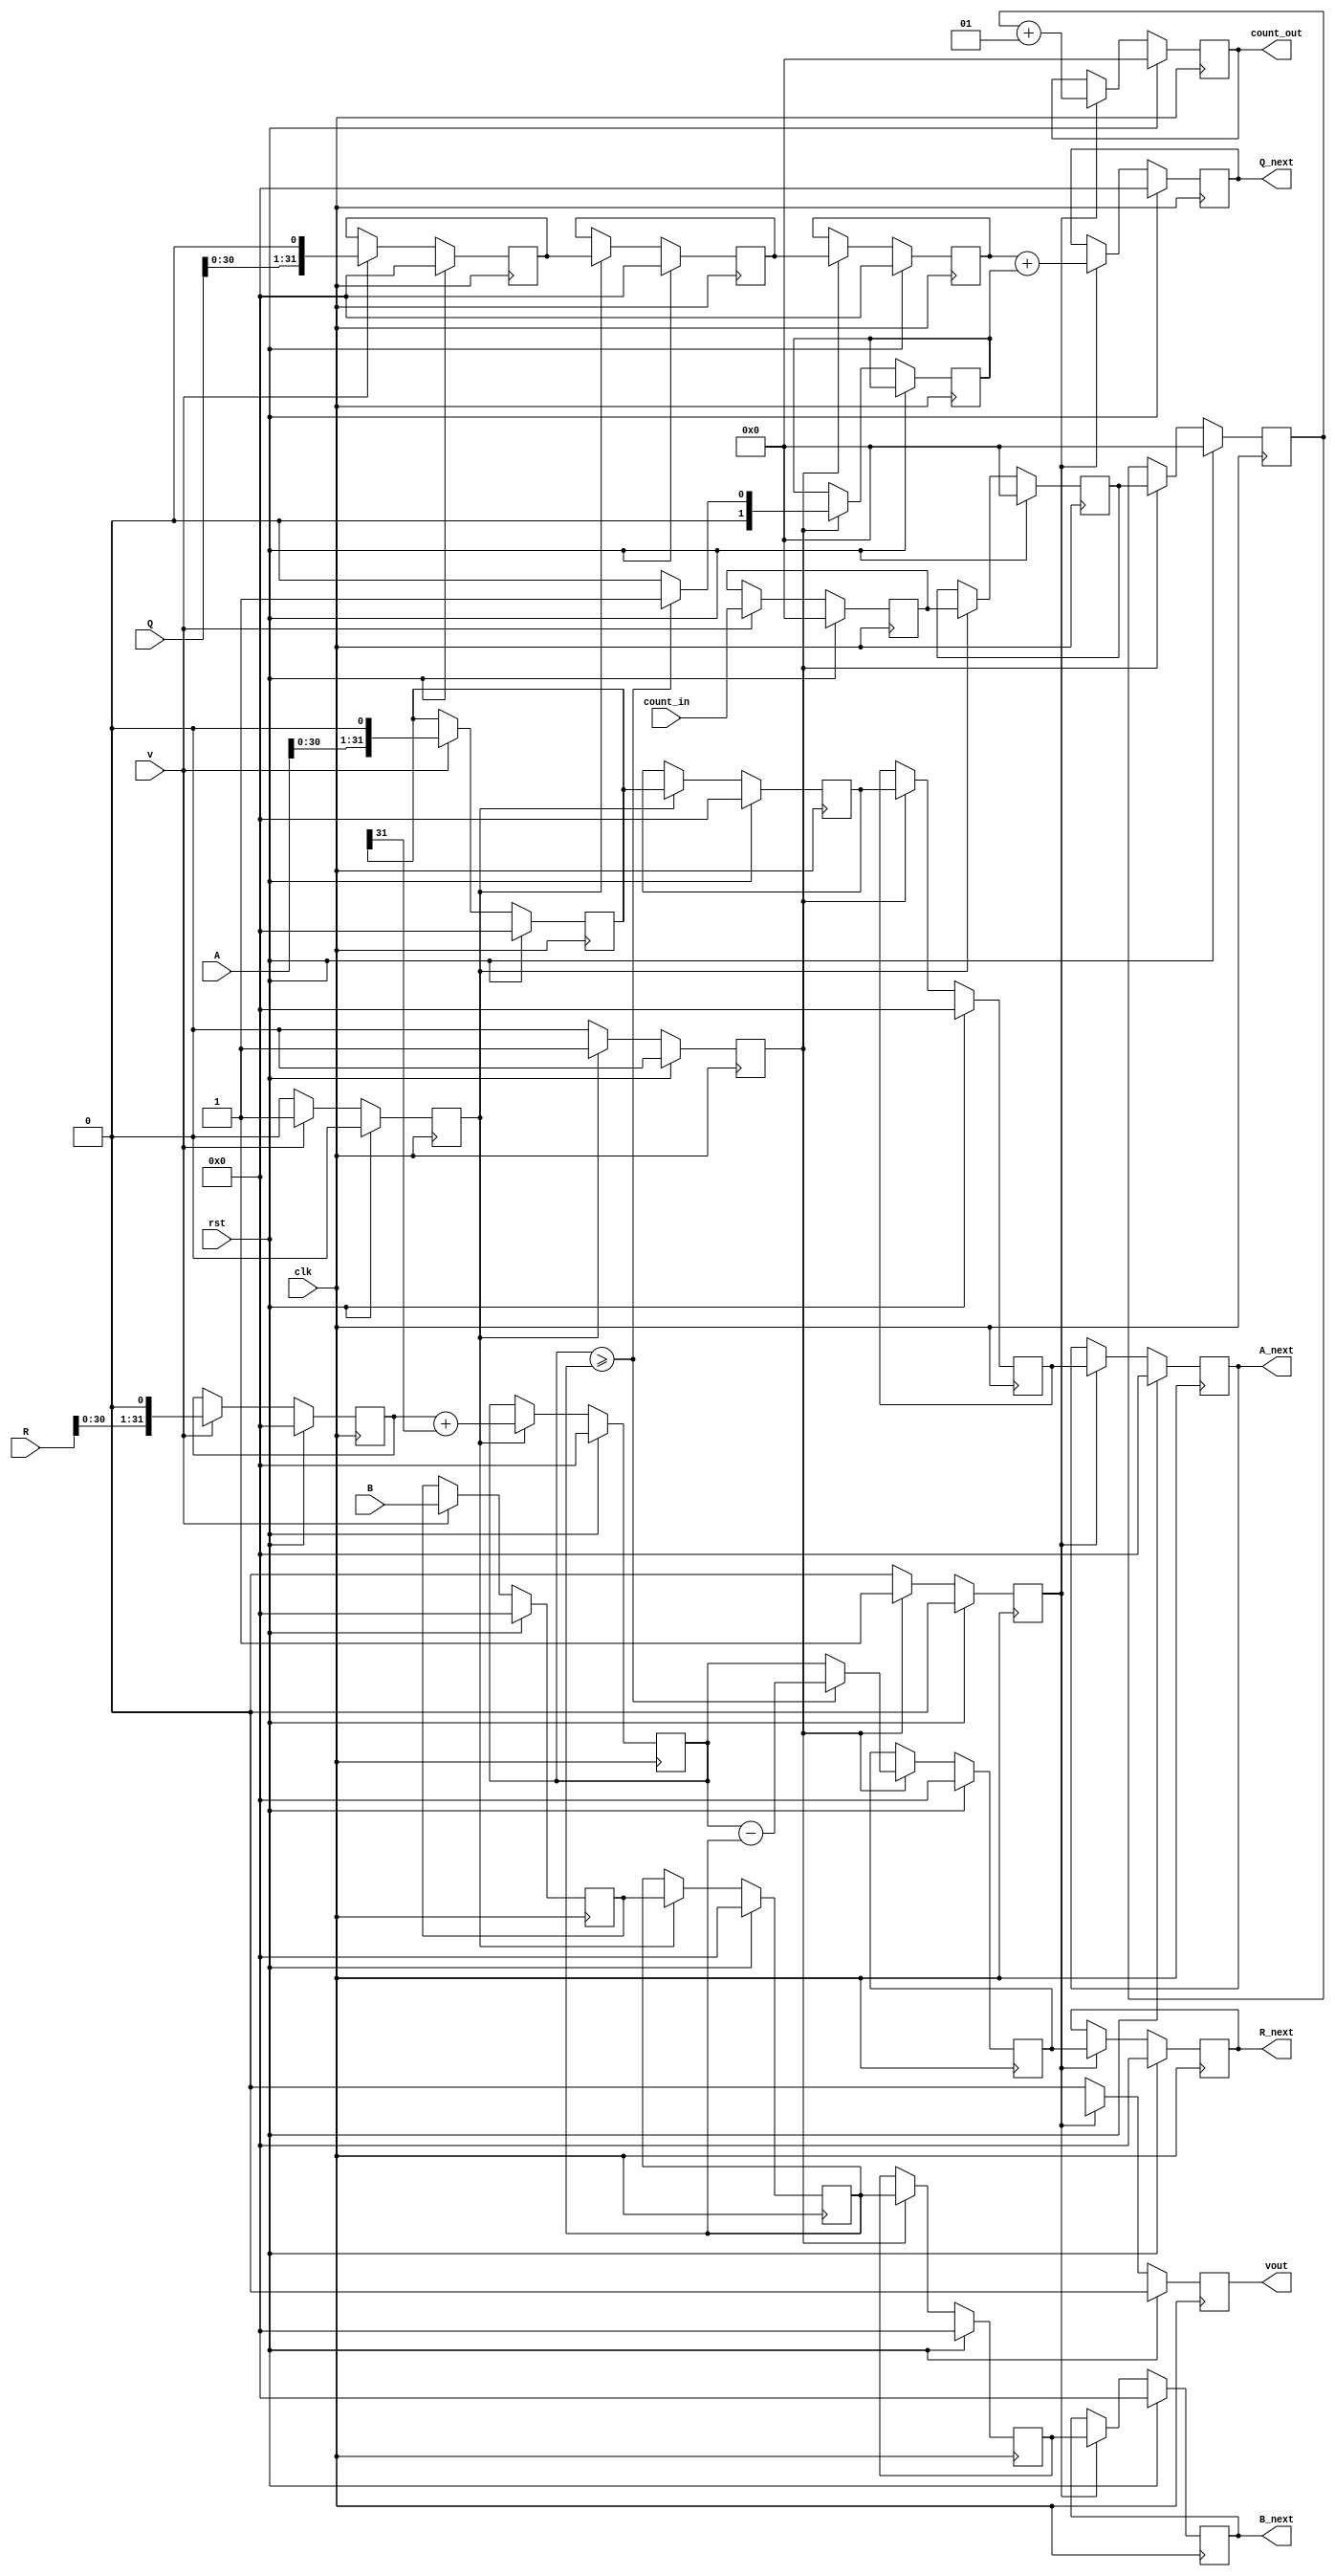
`timescale 1ns/1ns


module divide_stage(  input wire signed  [31:0]      A,
					  input wire signed  [31:0]      B,
					  input wire signed  [31:0]      R,
					  input wire signed  [31:0] 	  Q,
					  input wire         [4:0] count_in,
					  input wire        			  v,
					  input wire        		    clk,
					  input wire        			rst,
					  output reg signed  [31:0] A_next,
					  output reg signed  [31:0] B_next,
					  output reg signed  [31:0] R_next,
					  output reg signed  [31:0] Q_next,
					  output reg         [4:0] count_out,
					  output reg        		   vout);
			  
		reg signed [31:0] A_tmp1, A_tmp2, A_tmp3;
		reg signed [31:0] A_out1, A_out2, A_out3;
		reg signed [31:0] B_tmp1, B_tmp2, B_tmp3;
		reg signed [31:0] R_tmp1, R_tmp2, R_tmp3;
		reg signed [31:0] Q_tmp1, Q_tmp2, Q_tmp3;
		reg signed [4:0]  count1, count2, count3;
		reg signed [1:0] q_i;
		reg               v1, v2, v3, v4;
		
		always @(posedge clk)
		begin
			if (rst)
			begin
				A_tmp1 <= 32'b0;
				A_tmp2 <= 32'b0;
				A_tmp3 <= 32'b0;
				A_next <= 32'b0;
				
				B_tmp1 <= 32'b0;
				B_tmp2 <= 32'b0;
				B_tmp3 <= 32'b0;
				B_next <= 32'b0;
				
				R_tmp1 <= 32'b0;
				R_tmp2 <= 32'b0;
				R_tmp3 <= 32'b0;
				R_next <= 32'b0;
				
				Q_tmp1 <= 32'b0;
				Q_tmp2 <= 32'b0;
				Q_tmp3 <= 32'b0;
				Q_next <= 32'b0;
				
				v1 	   <= 1'b0;
				v2 	   <= 1'b0;
				v3 	   <= 1'b0;
				vout   <= 1'b0;
				
				count1 <= 5'b0;
				count2 <= 5'b0;
				count3 <= 5'b0;
				count_out <= 5'b0;
			end else
			begin
				if (v)
				begin
					A_tmp1 <= A <<< 1;
				    R_tmp1 <= R <<< 1;
					B_tmp1 <= B;					
					Q_tmp1 <= Q <<< 1;
					v1 	   <= v;
					count1 <= count_in;
				end else
				begin
					v1 <= 1'b0;
				end

				if (v1)
				begin
					A_tmp2 <= A_tmp1;
					R_tmp2 <= R_tmp1 + A_tmp1[31];
					B_tmp2 <= B_tmp1;
					Q_tmp2 <= Q_tmp1;
					v2 	   <= v1;
					count2 <= count1;
				end else
				begin
					v2 <= 1'b0;
				end
				
				if (v2)
				begin
					A_tmp3 <= A_tmp2;
					B_tmp3 <= B_tmp2;
					
					if (R_tmp2 >= B_tmp2)
					begin
						q_i    <= 1;
						R_tmp3 <= R_tmp2 - B_tmp2; 
					end else
					begin
						R_tmp3 <= R_tmp2;
						q_i    <= 0;
					end
					Q_tmp3 <= Q_tmp2;
					v3     <= v2;
					count3 <= count2;
				end else
				begin
					v3 <= 1'b0;
				end
				
				if (v3)
				begin
					A_next <= A_tmp3;
					B_next <= B_tmp3;
					R_next <= R_tmp3;
					Q_next <= Q_tmp3 + q_i;
					vout   <= v4;
					count_out <= count3 + 1;
				end else
				begin
					vout <= 1'b0;
				end
			end
		end
endmodule